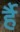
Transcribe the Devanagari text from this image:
र्है